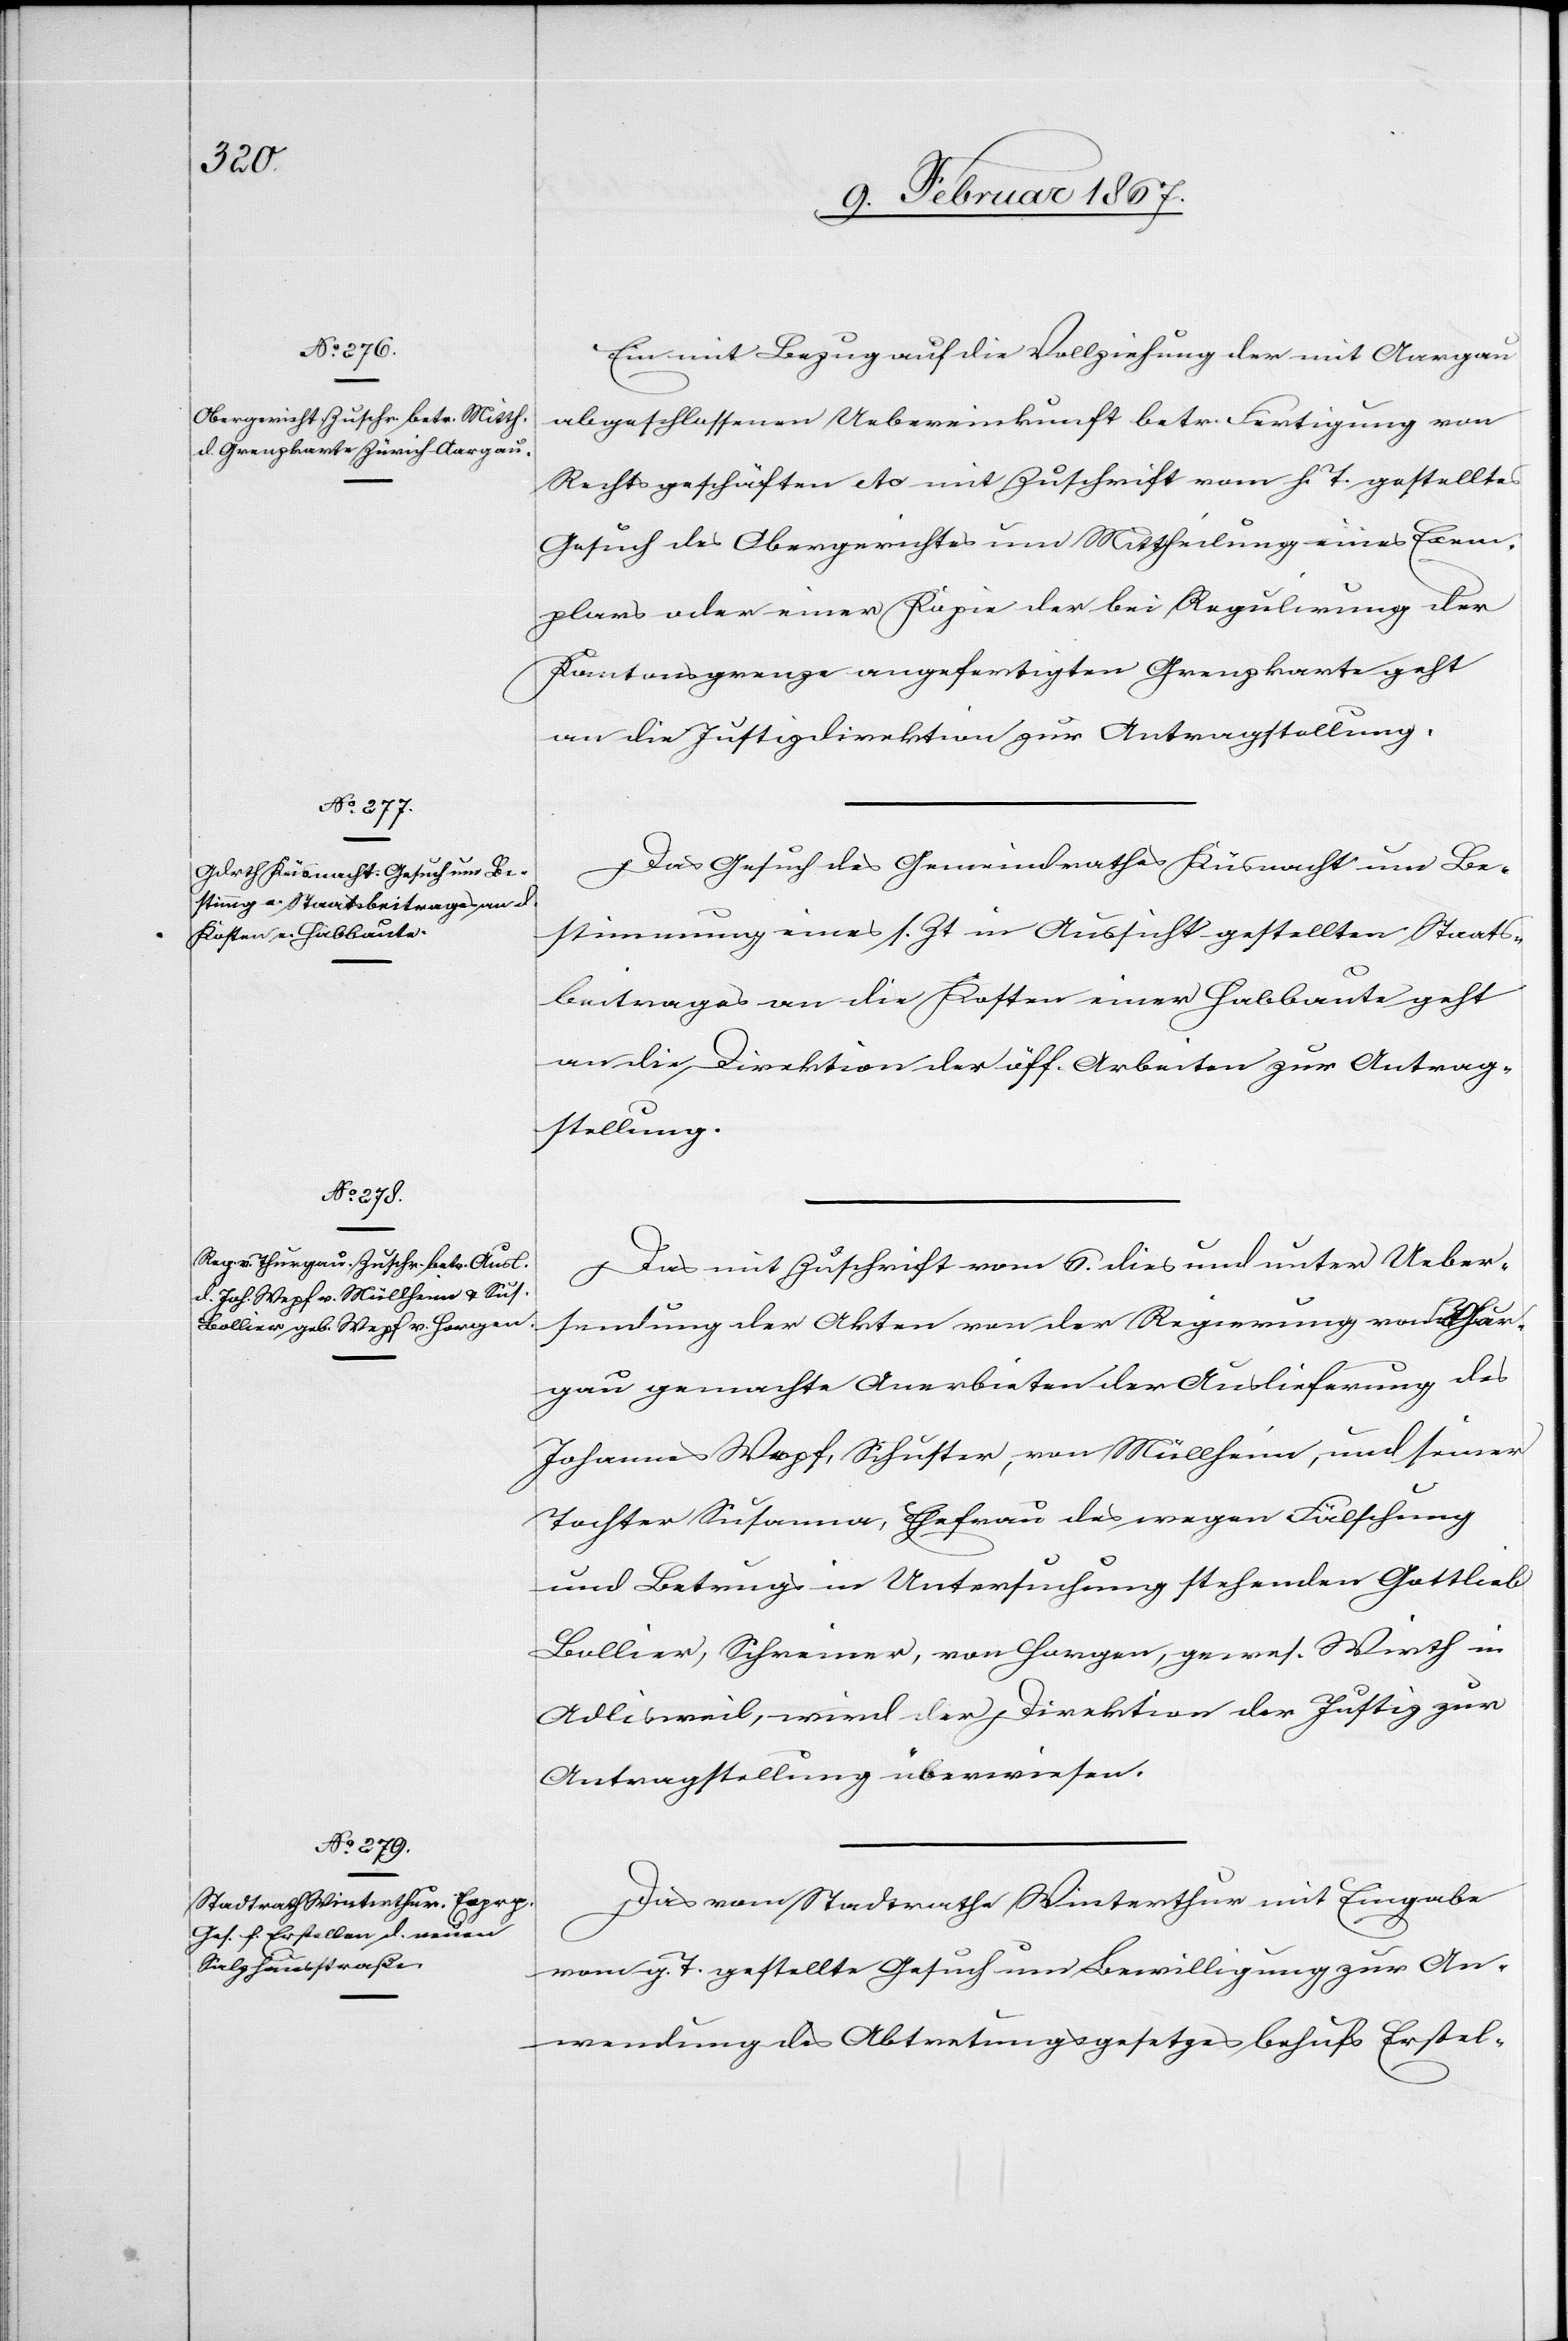
9. Februar 1867.]
Ein mit Bezug auf die Vollziehung der mit Aargau
abgeschlossenen Uebereinkunft betr. Fertigung von
Rechtsgeschäften etc mit Zuschrift vom h. T. gestelltes
Gesuch des Obergerichtes um Mittheilung eines Exem¬
plars oder einer Kopie der bei Regulierung der
Kantonsgrenze angefertigten Grenzkarte geht
an die Justizdirektion zur Antragstellung.
Das Gesuch des Gemeindrathes Küsnacht um Be¬
stimmung eines s. Zt in Aussicht gestellten Staats¬
beitrages an die Kosten einer Habbaute geht
an die Direktion der öff. Arbeiten zur Antrag¬
stellung.
Das mit Zuschrift vom 6. dies und unter Ueber¬
sendung der Akten von der Regierung von Thur¬
gau gemachte Anerbieten der Auslieferung des
Johannes Wepf, Schuster, von Müllheim, und seiner
Tochter Susanna, Ehefrau des wegen Fälschung
und Betrugs in Untersuchung stehenden Gottlieb
Bollier, Schreiner, von Horgen, gewes. Wirth in
Adlisweil, wird der Direktion der Justiz zur
Antragstellung überwiesen.
Das vom Stadtrathe Winterthur mit Eingabe
vom g. T. gestellte Gesuch um Bewilligung zur An¬
wendung des Abtretungsgesetzes behufs Erstel-